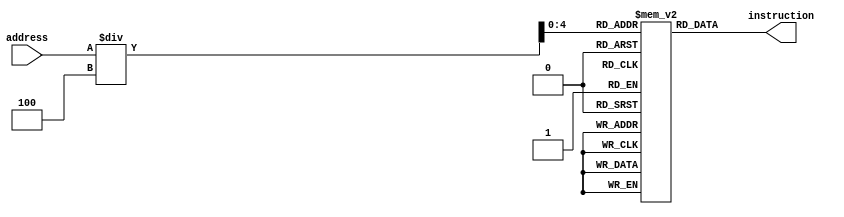
`timescale 1ns / 1ps
module Instruction_memory (input [31:0] address, output reg [31:0] instruction);

  reg [31:0] instruction_mem[16:0];  // instruction memory

  integer n;
  initial begin
    for (n = 0; n < 17; n = n + 1) begin
      instruction_mem[n] = 32'b00000000000000000000000000000000;
    end

  

    instruction_mem[0] = 32'b00100010010100100000000000000111 ;    
    instruction_mem[1] = 32'b00100010010100101111111111111111 ;  
    instruction_mem[2] = 32'b00100000000010100000000000000000 ;    
    instruction_mem[3] = 32'b00100000000010010000000000000000;   
    instruction_mem[4] = 32'b00000010010010101010100000100010;  
    instruction_mem[5] = 32'b00100010000100010000000000000000;  
    instruction_mem[6] = 32'b10001110001011010000000000000000  ;
    instruction_mem[7] = 32'b10001110001011000000000000000001    ;
    instruction_mem[8] = 32'b00000001100011011100000000101010 ;   
    instruction_mem[9] = 32'b00010011000000000000000000000010 ;     
    instruction_mem[10] = 32'b10101110001011000000000000000000 ;    
    instruction_mem[11] = 32'b10101110001011010000000000000001;   
    instruction_mem[12] = 32'b00100010001100010000000000000001 ;  
    instruction_mem[13] = 32'b00100001001010010000000000000001 ; 
    instruction_mem[14] = 32'b00010101001101011111111111110111 ;
    instruction_mem[15] = 32'b00100001010010100000000000000001;
    instruction_mem[16] = 32'b00010101010100101111111111110010;
  end

  always @(address) begin
    instruction = instruction_mem[address/4];
  end

endmodule






// MIPS code
// 0 addi $s2, $s2, 0x7
// 1 addi $s2, $s2, -1 
// 2 addi $t2, $0, 0
// 3 addi $t1, $0, 0[[loop2]]
// 4 sub $s5, $s2, $t2
// 5 addi $s1, $s0, 0
// 6 lw $t5, 0($s1) [[loop1]]
// 7 lw $t4, 1($s1)
// 8 slt $t8,$t4, $t5
// 9 beq $t8, $zero, dont_swap
// 10 sw $t4, 0($s1)
// 11 sw $t5, 1($s1)
// 12 addi $s1, $s1, 1 [[dont_swap]]
// 13 addi $t1, $t1, 1
// 14 bne $t1, $s5, loop1
// 15 addi $t2, $t2, 1
// 16 bne $t2,$s2,loop2